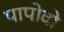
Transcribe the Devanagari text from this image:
पापोवो